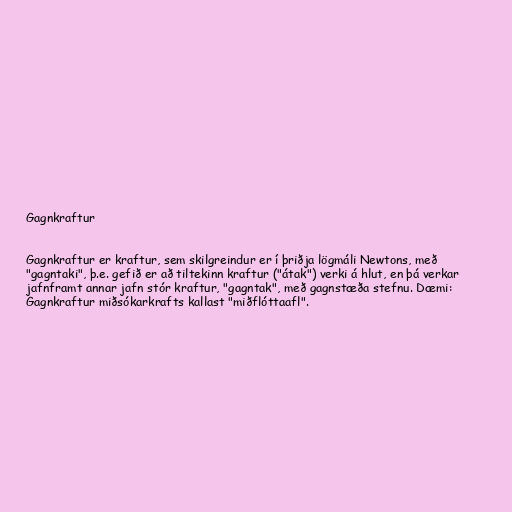
Gagnkraftur

Gagnkraftur er kraftur, sem skilgreindur er í þriðja lögmáli Newtons, með
"gagntaki", þ.e. gefið er að tiltekinn kraftur ("átak") verki á hlut, en þá verkar
jafnframt annar jafn stór kraftur, "gagntak", með gagnstæða stefnu. Dæmi:
Gagnkraftur miðsókarkrafts kallast "miðflóttaafl".